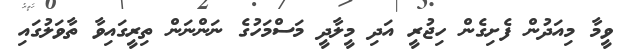
ވީމާ މިއަދުން ފެށިގެން ހިޖުރީ އަދި މީލާދީ މަސްމަހުގެ ނަންނަން ތިރީގައިވާ ތާވަލުގައި